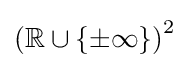
\left(\mathbb {R} \cup \{\pm \infty \}\right)^{2}